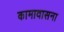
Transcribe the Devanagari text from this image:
कामावासना